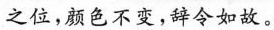
之位，颜色不变，辞令如故。